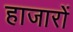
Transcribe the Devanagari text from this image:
हाजारों